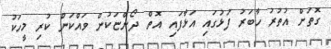
ގޮތަށް އުތުރު ހާބަރު ފަޅުގައި އަޅާފައި އޮތް ދޯންޏަކުން ވައްކަން ކުރި މީހަކު